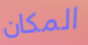
المكان